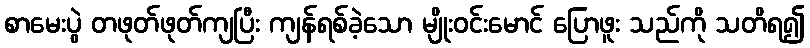
စာမေးပွဲ တဖုတ်ဖုတ်ကျပြီး ကျန်ရစ်ခဲ့သော မျိုးဝင်းမောင် ပြောဖူး သည်ကို သတိရ၍